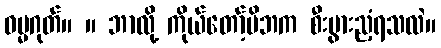
ဓမ္မဂုတ်။ ။ ဘာလို့ ကိုယ်တော့်မိဘက စီးပွားညံ့ရသလဲ။